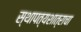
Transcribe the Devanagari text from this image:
स्थापत्यशात्राचा